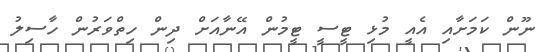
ނޫން ކަމަށާއި އެއީ މުޅި ޓީސީ ޓީމުން އޭނާއަށް ދިން ހިތްވަރުން ހާސިލު